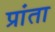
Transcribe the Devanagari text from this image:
प्रांता